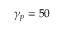
\gamma _ { p } = 5 0